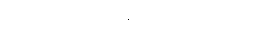
ဧလကစော ရာ၊ ဆိတ်ခိုးသော သူတို့